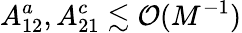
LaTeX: A_{12}^{a},A_{21}^{c}\lesssim\mathcal{O}(M^{-1})